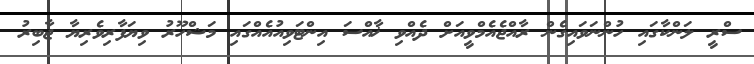
ސްރީ ލަންކާގައި ހުންނަވައިގެން ރާއްޖެއެމްވީއަށް ދެއްވި ޚާއްސަ އިންޓަވިއުއެއްގައި މަޝްހޫރު ވިޔަފާރިވެރިޔާ ޖާބިރު